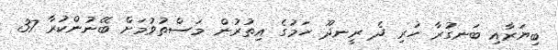
ބިޔަރާއި ބަނގުރާ ހުރި ދެ ރީނދޫ ހަމުގެ އިތުރުން މަސްތުވުމަށް ބޭނުންކުރާ 37